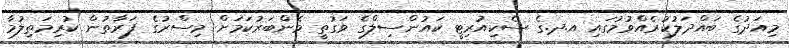
މިއަދުގެ ބައްދަލުކުރެއްވުމުގައި އ.ދ.ގެ ސެކިއުރިޓީ ކައުންސިލްގެ ވަގުތީ މެންބަރުކަމަށް މިސްރުގެ ފަރާތުން ކުރިމަތިލުމާ